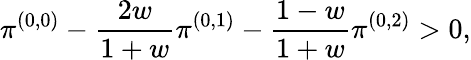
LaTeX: \pi^{(0,0)}-\frac{2w}{1+w}\pi^{(0,1)}-\frac{1-w}{1+w}\pi^{(0,2)}>0,